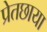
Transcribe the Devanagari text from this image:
प्रेतछाया